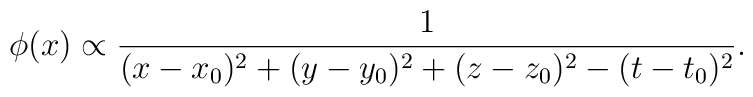
\phi(x) \propto {1\over (x-x_0)^2+(y-y_0)^2+(z-z_0)^2-(t-t_0)^2}.